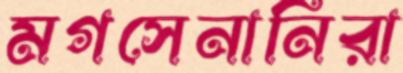
মগসেনানিরা